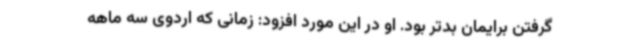
گرفتن برایمان بدتر بود. او در این مورد افزود: زمانی که اردوی سه ماهه